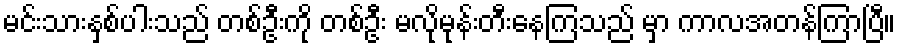
မင်းသားနှစ်ပါးသည် တစ်ဦးကို တစ်ဦး မလိုမုန်းတီးနေကြသည် မှာ ကာလအတန်ကြာပြီ။